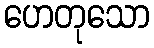
ဟေတုသော